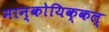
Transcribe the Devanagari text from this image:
मान्कोयिक्कल्